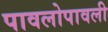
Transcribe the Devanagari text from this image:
पावलोपावली